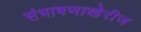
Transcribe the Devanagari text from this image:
संभाषणाखेरीज